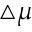
\triangle \mu